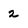
Character: 2